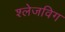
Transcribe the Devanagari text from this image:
श्लेजविग